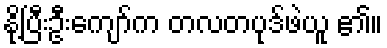
နို့ပြီးဦးကျော်က တလတပုဒ်ဖဲယူ ၏။